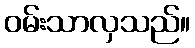
ဝမ်းသာလှသည်။